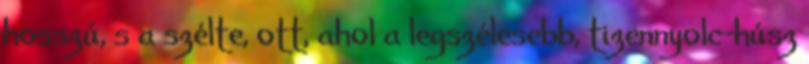
hosszú, s a szélte, ott, ahol a legszélesebb, tizennyolc-húsz